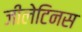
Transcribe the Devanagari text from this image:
जीलेटिनस